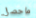
ماحصل